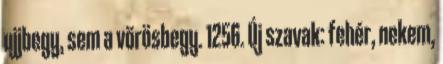
ujjbegy, sem a vörösbegy. 1256. Új szavak: fehér, nekem,